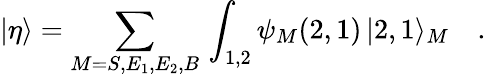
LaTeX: |\eta\rangle=\sum_{M=S,E_{1},E_{2},B}\, \int_{1,2}\psi_{M}(2,1)\, |2,1\rangle_{M}\quad.